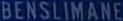
BENSILIMANE